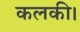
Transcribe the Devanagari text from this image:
कलकी।